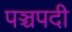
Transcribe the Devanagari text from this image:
पञ्चपदी